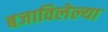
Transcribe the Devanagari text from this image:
बजाविलेल्या